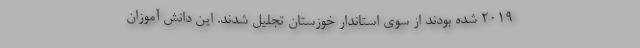
۲۰۱۹ شده بودند از سوی استاندار خوزستان تجلیل شدند. این دانش آموزان